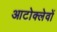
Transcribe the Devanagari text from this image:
आटोक्लेवों